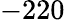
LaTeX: -220